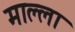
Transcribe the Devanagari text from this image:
माल्ला